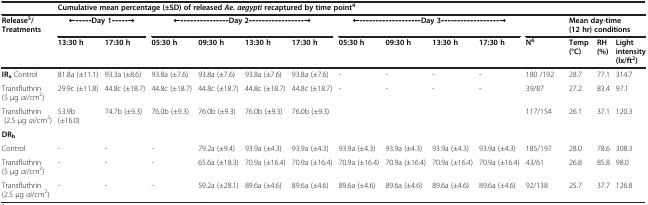
<table><thead><tr><td><b> </b></td><td colspan="10"><b>Cumulative mean percentage (±SD) of released <i>Ae. aegypti </i>recaptured by time point<sup>4</sup></b></td><td colspan="4"><b> </b></td></tr></thead><tbody><tr><td><b>Release</b><sup><b>5</b></sup><b>/</b><b>Treatments</b></td><td colspan="2">←‒‒‒‒‒<b>Day 1</b>‒‒‒‒‒→</td><td colspan="4">←‒‒‒‒‒‒‒‒‒‒‒‒‒‒‒<b>Day 2</b>‒‒‒‒‒‒‒‒‒‒‒‒‒‒‒‒‒→</td><td colspan="4">←‒‒‒‒‒‒‒‒‒‒‒‒‒‒‒‒‒‒‒<b>Day 3</b>‒‒‒‒‒‒‒‒‒‒‒‒‒‒‒‒‒‒→</td><td> </td><td colspan="3"><b>Mean day-time (12 hr) conditions</b></td></tr><tr><td> </td><td><b>13:30 h</b></td><td><b>17:30 h</b></td><td><b>05:30 h</b></td><td><b>09:30 h</b></td><td><b>13:30 h</b></td><td><b>17:30 h</b></td><td><b>05:30 h</b></td><td><b>09:30 h</b></td><td><b>13:30 h</b></td><td><b>17:30 h</b></td><td>N<sup>6</sup></td><td><b>Temp (°C)</b></td><td><b>RH (%)</b></td><td>Light intensity (lx/ft<sup>2</sup>)</td></tr><tr><td><b>IR</b><sub><b>a</b></sub> Control</td><td>81.8a (±11.1)</td><td>93.3a (±8.6)</td><td>93.8a (±7.6)</td><td>93.8a (±7.6)</td><td>93.8a (±7.6)</td><td>93.8a (±7.6)</td><td>-</td><td>-</td><td>-</td><td>-</td><td>180 /192</td><td>28.7</td><td>77.1</td><td>314.7</td></tr><tr><td>Transfluthrin (5 μg <i>ai</i>/cm<sup>2</sup>)</td><td>29.9c (±11.8)</td><td>44.8c (±18.7)</td><td>44.8c (±18.7)</td><td>44.8c (±18.7)</td><td>44.8c (±18.7)</td><td>44.8c (±18.7)</td><td>-</td><td>-</td><td>-</td><td>-</td><td>39/87</td><td>27.2</td><td>83.4</td><td>97.1</td></tr><tr><td>Transfluthrin (2.5 μg <i>ai</i>/cm<sup>2</sup>)</td><td>53.9b (±16.0)</td><td>74.7b (±9.3)</td><td>76.0b (±9.3)</td><td>76.0b (±9.3)</td><td>76.0b (±9.3)</td><td>76.0b (±9.3)</td><td> </td><td> </td><td> </td><td> </td><td>117/154</td><td>26.1</td><td>37.1</td><td>120.3</td></tr><tr><td><b>DR</b><sub><b>b</b></sub></td><td> </td><td> </td><td> </td><td> </td><td> </td><td> </td><td> </td><td> </td><td> </td><td> </td><td> </td><td> </td><td> </td><td> </td></tr><tr><td>Control</td><td>-</td><td>-</td><td>-</td><td>79.2a (±9.4)</td><td>93.9a (±4.3)</td><td>93.9a (±4.3)</td><td>93.9a (±4.3)</td><td>93.9a (±4.3)</td><td>93.9a (±4.3)</td><td>93.9a (±4.3)</td><td>185/197</td><td>28.0</td><td>78.6</td><td>308.3</td></tr><tr><td>Transfluthrin (5 μg <i>ai</i>/cm<sup>2</sup>)</td><td>-</td><td>-</td><td>-</td><td>65.6a (±18.3)</td><td>70.9a (±16.4)</td><td>70.9a (±16.4)</td><td>70.9a (±16.4)</td><td>70.9a (±16.4)</td><td>70.9a (±16.4)</td><td>70.9a (±16.4)</td><td>43/61</td><td>26.8</td><td>85.8</td><td>98.0</td></tr><tr><td>Transfluthrin (2.5 μg <i>ai</i>/cm<sup>2</sup>)</td><td>-</td><td>-</td><td>-</td><td>59.2a (±28.1)</td><td>89.6a (±4.6)</td><td>89.6a (±4.6)</td><td>89.6a (±4.6)</td><td>89.6a (±4.6)</td><td>89.6a (±4.6)</td><td>89.6a (±4.6)</td><td>92/138</td><td>25.7</td><td>37.7</td><td>126.8</td></tr></tbody></table>